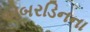
એબરડિનના